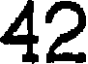
42